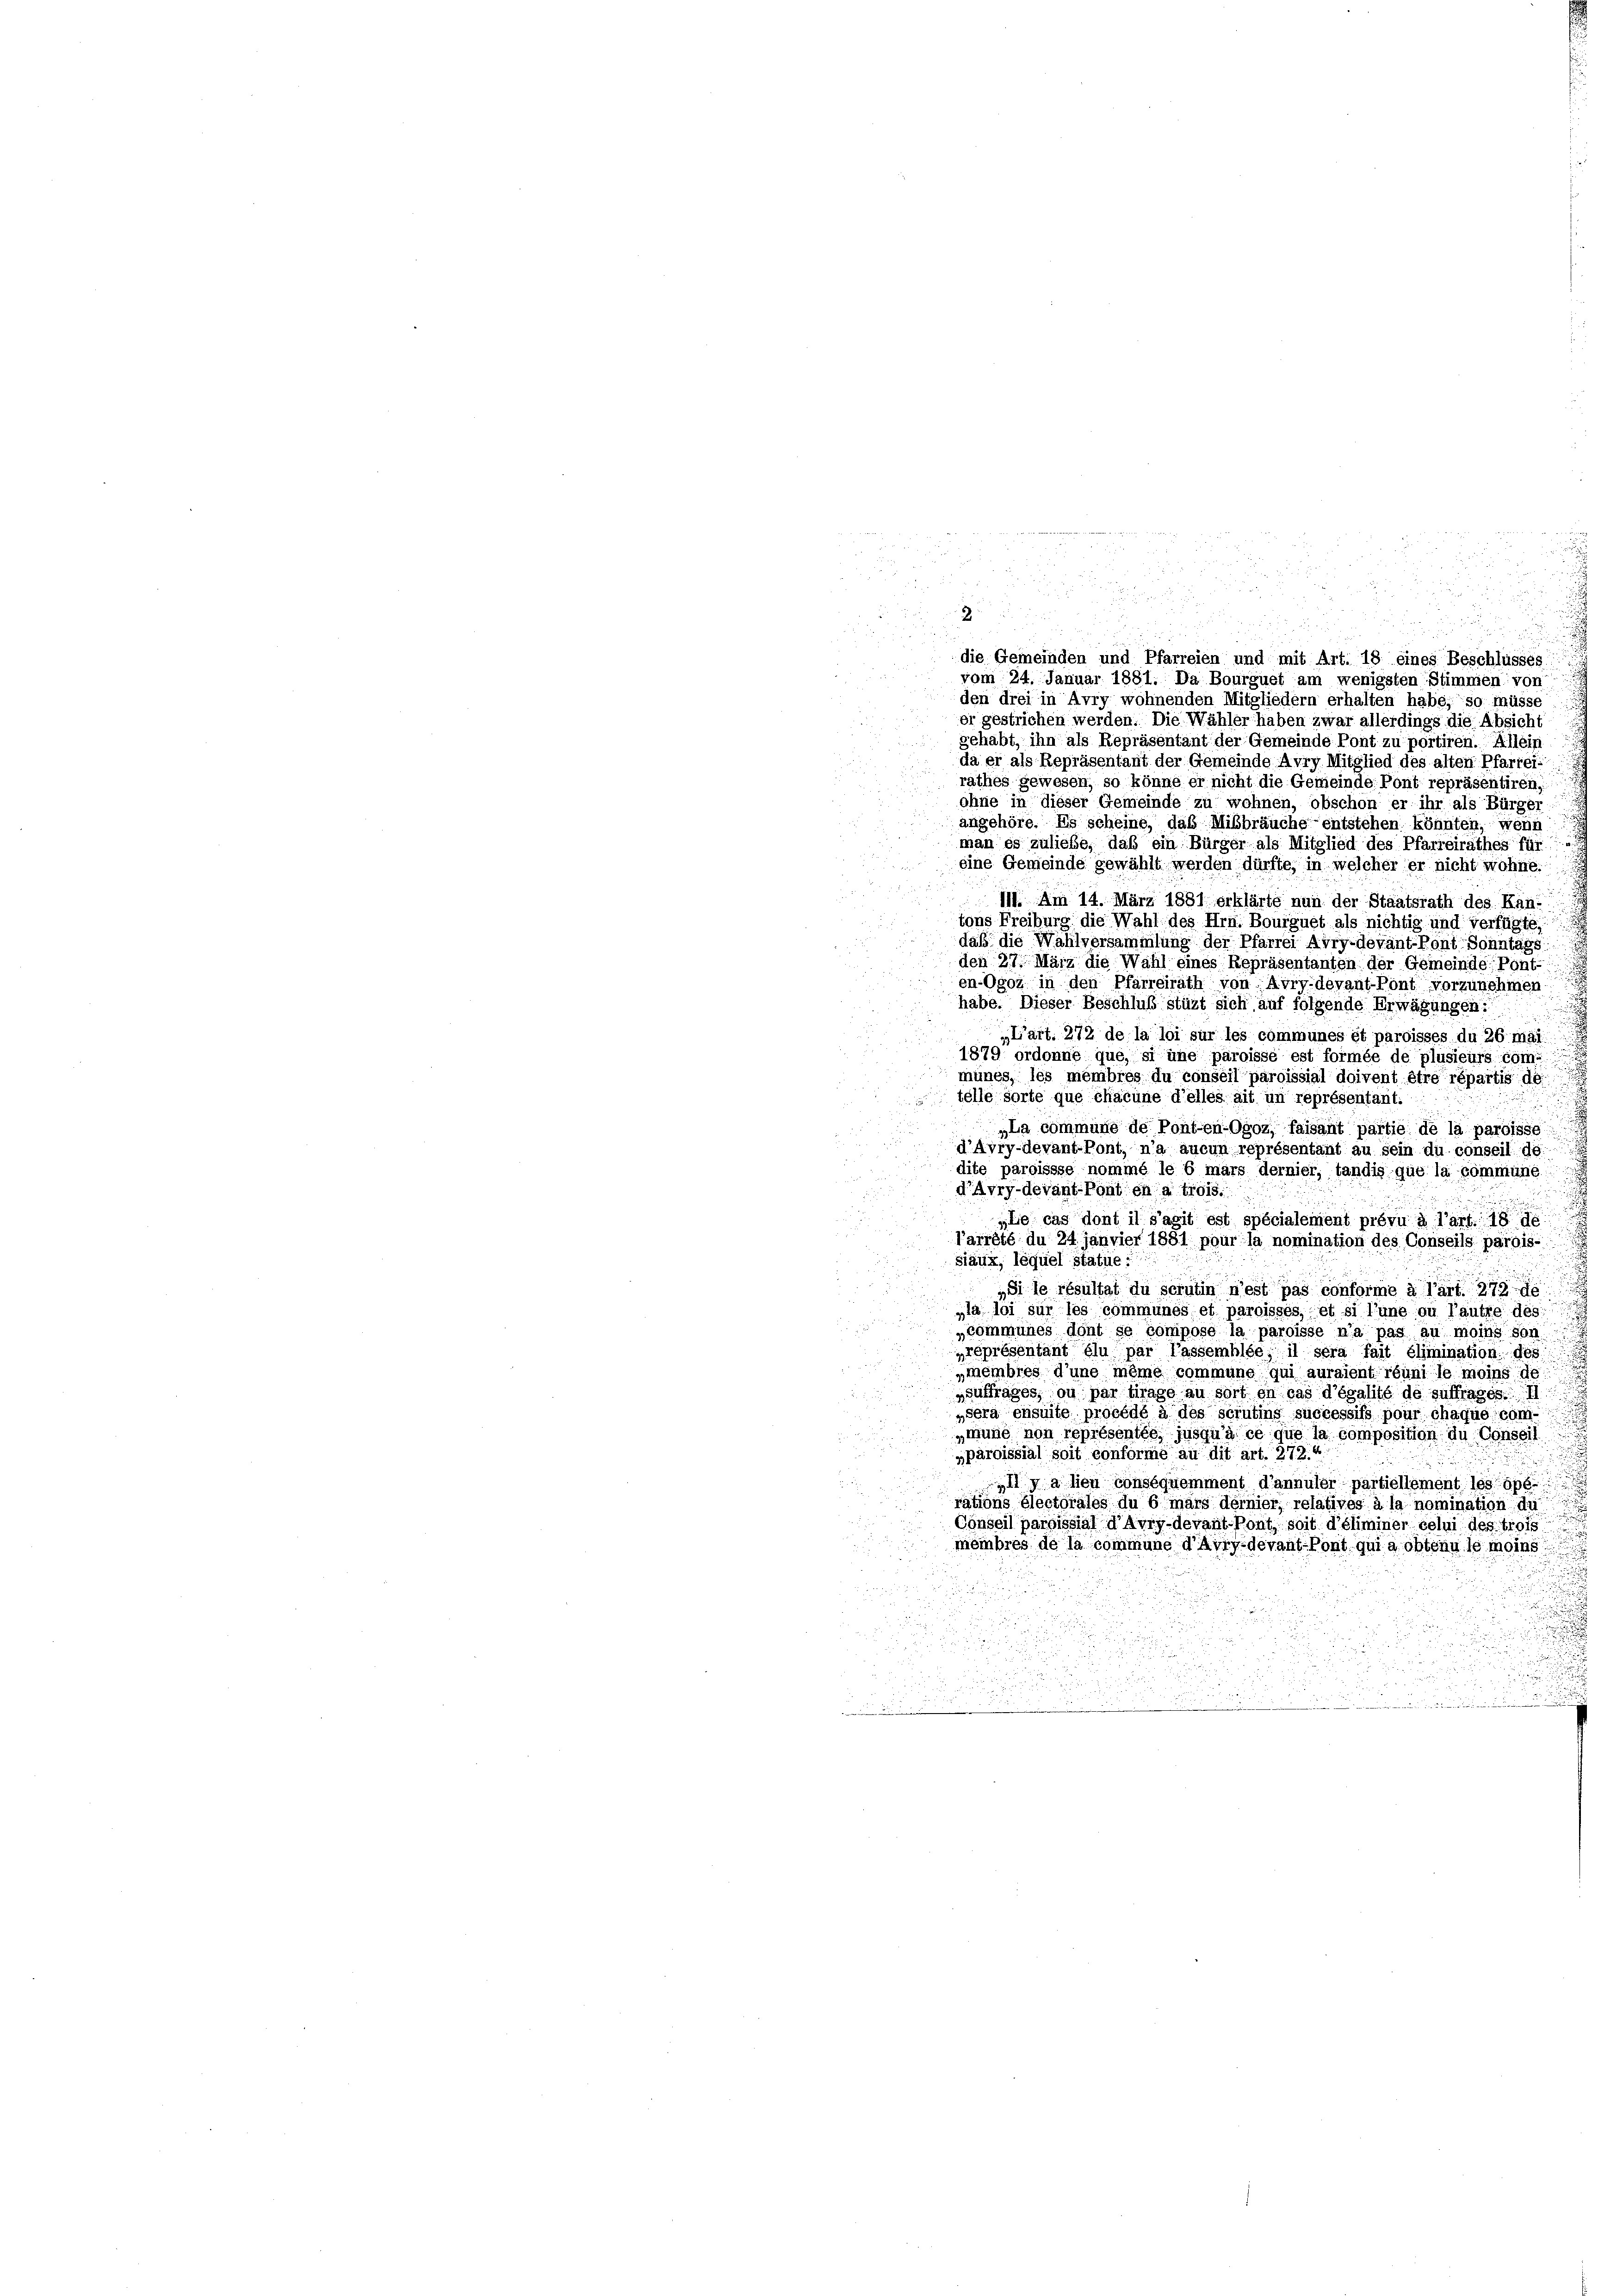
die Gemeinden und Pfarreien und mit Art. 18 eines Beschlüsses
vom 24. Januar 1881. Da Bourguet am wenigsten Stimmen von
den drei in Avry wohnenden Mitgliedern erhalten habe, so müsse
er gestrichen werden. Die Wähler haben zwar allerdings die Absicht
gehabt, ihn als Repräsentant der Gemeinde Pont zu portiren. Allein
da er als Repräsentant der Gemeinde Avry Mitglied des alten Pfarrei
rathes gewesen, so könne er nicht die Gemeinde Pont repräsentiren.
ohne in dieser Gemeinde zu wohnen, obschon er ihr als Bürger
angehöre. Es scheine, das Mißbräuche entstehen könnten, wenn
man es zuliebe, daß ein Bürger als Mitglied des Pfarreirathes für
eine Gemeinde gewählt werden dürfte, in welcher er nicht wohne.
111. Am 14. März 1881 erklärte nun der Staatsrath des Kan-
tons Freiburg die Wahl des Hrn. Bourguet als nichtig und verfügte.
daß die Wählversammlung der Pfarrei Avry-devant-Pont Sonntags
den 27. März die Wahl eines Repräsentanten der Gemeinde Pont-
en-Ogoz in den Pfarreirath von Avry-devant Pont vorzunehmen
habe. Dieser Beschluß stüzt sich auf folgende Erwägungen:
„L’art. 272 de la loi sur les communes et paroisses du 26 mai
1879 ordonne que, si une paroisse est formée de plusieurs com-
münes, les membres du conseil paroissial doivent être répartis de
telle sorte que chacune d’elles ait un représentant.
u
„La commune de Ponten-Ogoz, faisant partie de la paroisse
d’Ayry-devant-Pont, n’a aucun représentant au sein du conseil de
dite paroissse nommé le b mars dernier, tandis que la commune.
d’Avry-devant Pont en a trois.
„Le cas dont il s’agit est spécialement prévu à l’art. 187
l’arrêté du 24 janvier 1831 pour la nomination des Conseils parois-
siaux, lequel Statue
„Si le résultat du scrutin n’est pas conforme à l’art. 275 g
„la loi sur les communes et paroisses, et si l’une ou l’autre des
„commünes dont se compose la paroisse n’a pas au moins son
préprésentant élu par lassemblée, il sera fait élimination des
ymembres d’une même commune qui auraient réuni le moins de
„auftrages, ou par frage au sort en cas d’égalité de suffrages. II
„sera ensuite procédé à des scrutins successifs pour chaquo com-
„mune non représentés, jusqu’à ce que la composition du Conseill
„paroissial soit conforme au dit art. 272.
„Il y a lieu conséquemment d’annuler partiellement les spe
rations Electorales du bmars dernier, relatives à la nomination du
Conseil paroissial d’Avry-devant Pont, soit d’éliminer celui des trois
membres de la commune d’Avry-devant-Pont qui a obtenu le moins